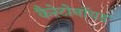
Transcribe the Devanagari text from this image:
कैरेटोनॉयड